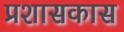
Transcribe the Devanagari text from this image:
प्रशासकास